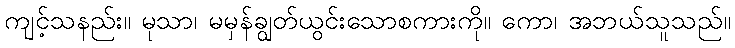
ကျင့်သနည်း။ မုသာ၊ မမှန်ချွတ်ယွင်းသောစကားကို။ ကော၊ အဘယ်သူသည်။